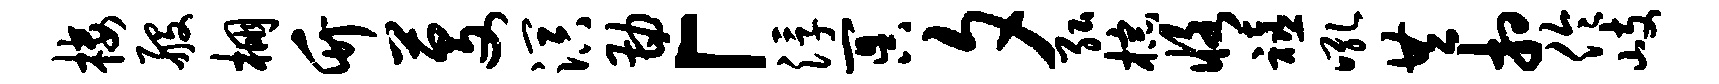
楼般棚竹芟溟勘「浮冥夕弘棕恪禧吼共相伶岐